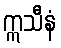
ဣသီနံ